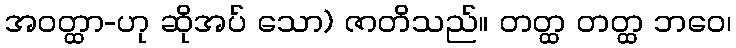
အဝတ္ထာ-ဟု ဆိုအပ် သော) ဇာတိသည်။ တတ္ထ တတ္ထ ဘဝေ၊